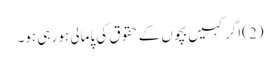
(2 )اگر کہیں بچوں کے حقوق کی پامالی ہو رہی ہو۔